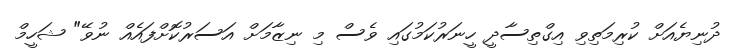
ދުނިޔެއަށް ކުރިމަތިވި އިގްތިސާދީ ހީނަރުކަމުގައި ވެސް މި ނިޒާމަށް އަސަރުކޮށްފައެއް ނުވޭ" ޝަހީމް